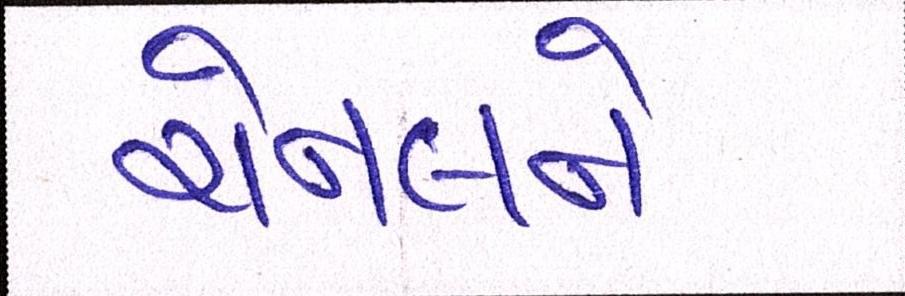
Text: ચેનલને